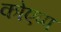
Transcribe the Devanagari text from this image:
कोएप्प